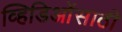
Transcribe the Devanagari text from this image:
व्हिडिओंसाठी